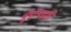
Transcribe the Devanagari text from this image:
हुंडापद्धती